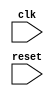
module usb_timing_control (
    input wire clk,
    input wire reset,
    
    // Add input/output ports as required for various clock signals
    
);

    // Timing signals generation module
    // Add code for generating different clock signals required for USB communication
    
    // Synchronization module
    // Add code for ensuring precise timing for synchronization of data packets
    
    // Protocol compliance module
    // Add code for maintaining the correct timing for USB bus protocol compliance
    
    // Operations timing control module
    // Add code for controlling the timing of bus arbitration, data transfer, error detection, etc.
    
    // Overall timing control and synchronization
    // Add code for ensuring smooth and reliable communication between USB bus controller and devices
    
endmodule